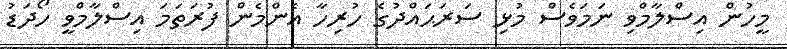
މީހުން އިސްލާމްވި ނަމަވެސް މުޅި ސަރަޙައްދުގެ ހުރިހާ އެންމެން ފުރަތަމަ އިސްލާމްވީ ހޯދަޑު